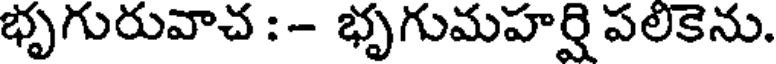
భృగురువాచ :- భృగుమహర్షి పలికెను.